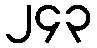
၂၄၃